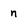
Character: n